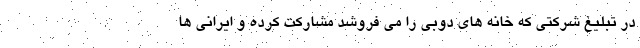
در تبلیغ شرکتی که خانه های دوبی را می فروشد مشارکت کرده و ایرانی ها